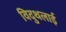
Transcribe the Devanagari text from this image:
विदुथलाई